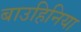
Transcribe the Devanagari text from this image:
बाउहिनिया